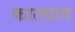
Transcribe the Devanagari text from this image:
काट्यात